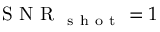
\mathrm { ~ S ~ N ~ R ~ } _ { \mathrm { ~ s ~ h ~ o ~ t ~ } } = 1